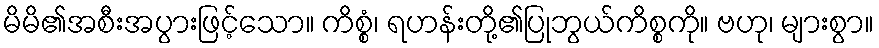
မိမိ၏အစီးအပွားဖြင့်သော။ ကိစ္စံ၊ ရဟန်းတို့၏ပြုဘွယ်ကိစ္စကို။ ဗဟု၊ များစွာ။